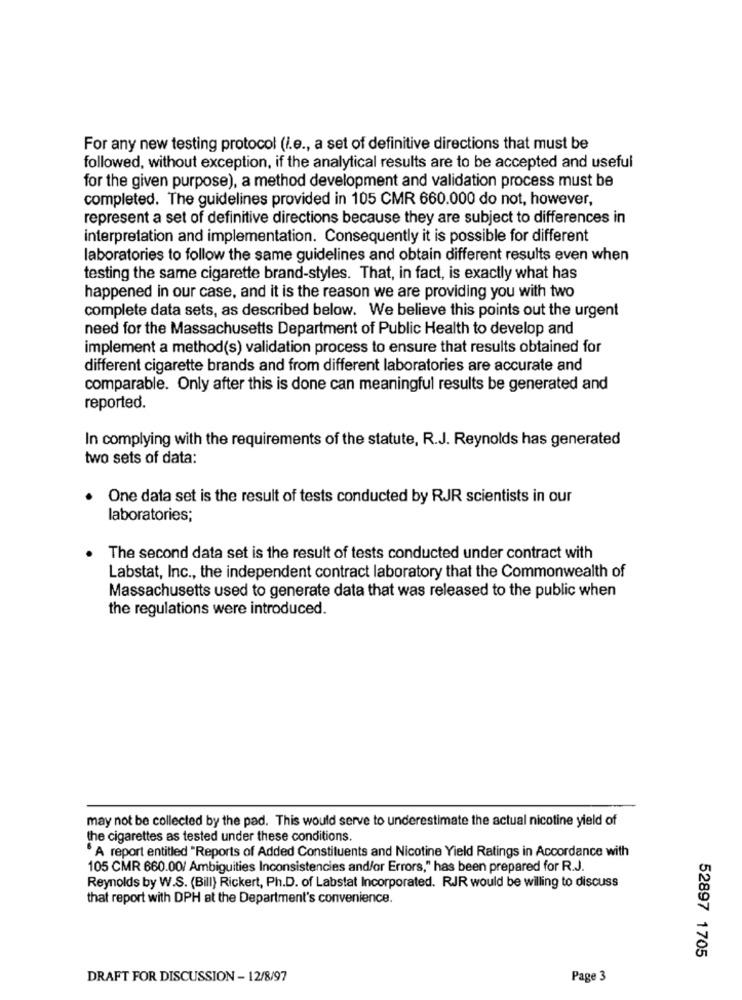
For any new testing protocol (i.e ., a set of definitive directions that must be
followed, without exception, if the analytical results are to be accepted and useful
for the given purpose), a method development and validation process must be
completed. The guidelines provided in 105 CMR 660.000 do not, however,
represent a set of definitive directions because they are subject to differences in
interpretation and implementation. Consequently it is possible for different
laboratories to follow the same guidelines and obtain different results even when
testing the same cigarette brand-styles. That, in fact, is exactly what has
happened in our case, and it is the reason we are providing you with two
complete data sets, as described below. We believe this points out the urgent
need for the Massachusetts Department of Public Health to develop and
implement a method(s) validation process to ensure that results obtained for
different cigarette brands and from different laboratories are accurate and
comparable. Only after this is done can meaningful results be generated and
reported.
In complying with the requirements of the statute, R.J. Reynolds has generated
two sets of data:
One data set is the result of tests conducted by RJR scientists in our
laboratories;
The second data set is the result of tests conducted under contract with
Labstat, Inc ., the independent contract laboratory that the Commonwealth of
Massachusetts used to generate data that was released to the public when
the regulations were introduced.
may not be collected by the pad. This would serve to underestimate the actual nicotine yield of
the cigarettes as tested under these conditions.
" A report entitled "Reports of Added Constituents and Nicotine Yield Ratings in Accordance with
105 CMR 660.00/ Ambiguities Inconsistencies and/or Errors," has been prepared for R.J.
Reynolds by W.S. (Bill) Rickert, Ph.D. of Labstat Incorporated. RJR would be willing to discuss
that report with DPH at the Department's convenience.
52897 1705
DRAFT FOR DISCUSSION - 12/8/97
Page 3